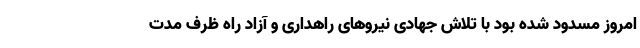
امروز مسدود شده بود با تلاش جهادی نیروهای راهداری و آزاد راه ظرف مدت